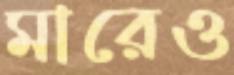
মারেও